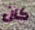
كان